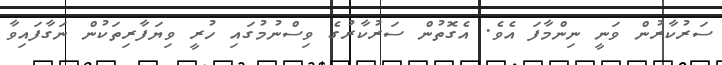
ސަރުކާރުން ވަނީ ނިންމާފަ އެވެ. އެގޮތުން ސަރުކާރުގެ ވިސްނުމުގައި ހުރީ ވިޔަފާރިތަކުން ނަގާފައިވާ